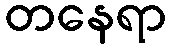
တနေရာ